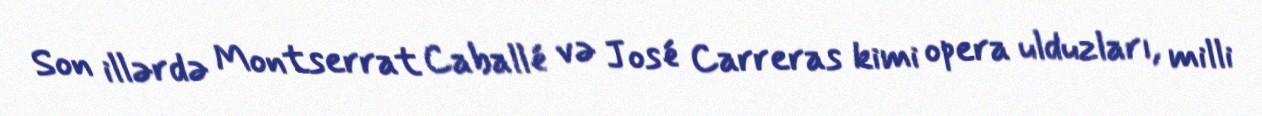
Son illərdə Montserrat Caballé və José Carreras kimi opera ulduzları, milli